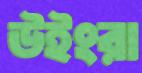
উইংরা